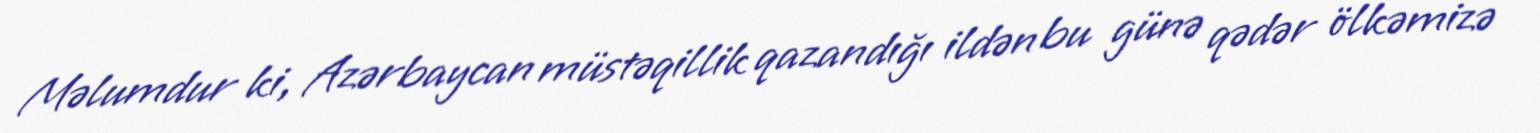
Məlumdur ki, Azərbaycan müstəqillik qazandığı ildən bu günə qədər ölkəmizə